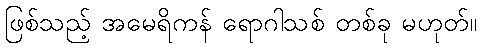
ဖြစ်သည့် အမေရိကန် ရောဂါသစ် တစ်ခု မဟုတ်။